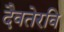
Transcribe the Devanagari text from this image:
दैवतेरवि